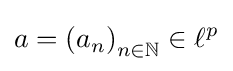
a=\left(a_{n}\right)_{n\in \mathbb {N} }\in \ell ^{p}